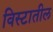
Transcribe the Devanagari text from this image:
विस्टातील